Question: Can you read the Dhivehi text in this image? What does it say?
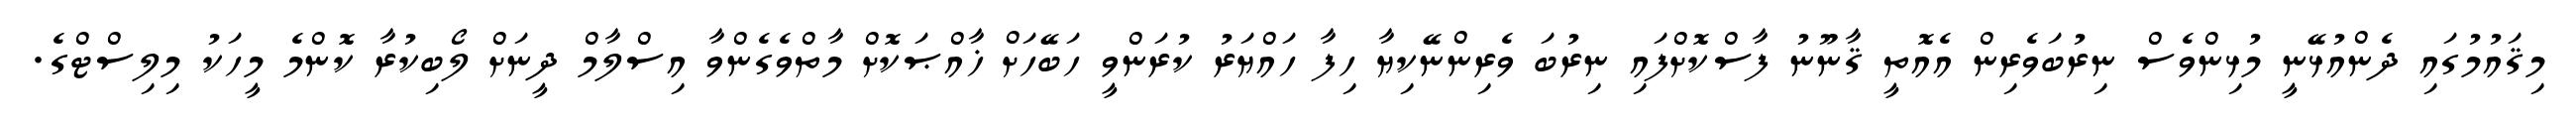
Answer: މިޤައުމުގައި ދެންއުޅޭނީ މުޅިންވެސް ނިރުބަވެރިން އެއޮތީ ޤާނޫނު ފާސްކޮށްފައި ނިރުބަ ވެރިންނޭކިޔާ ހިފާ ހައްޔަރު ކުރަންވީ ހަބޭހަށް ޚާއްޞަކޮށް މާތްވެގެންވާ އިސްލާމް ދީނަށް ލޯބިކުރާ ކޮންމެ މީހަކު މިލިސްޓްގެ.